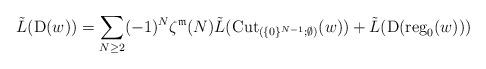
LaTeX: \begin{align*}\tilde{L}({\rm D}(w))=\sum_{N\geq2}(-1)^{N}\zeta^{\mathfrak{m}}(N)\tilde{L}({\rm Cut}_{(\{0\}^{N-1};\emptyset)}(w))+\tilde{L}({\rm D}({\rm reg}_{0}(w)))\end{align*}